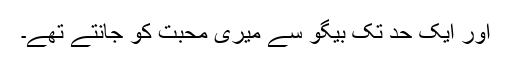
اور ایک حد تک بیگو سے میری محبت کو جانتے تھے۔